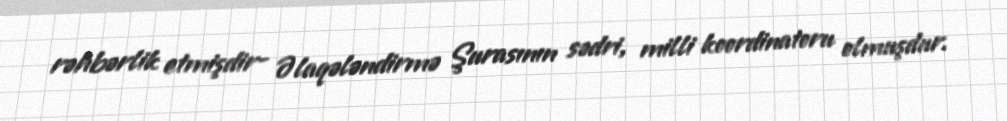
rəhbərlik etmişdir- Əlaqələndirmə Şurasının sədri, milli koordinatoru olmuşdur.